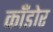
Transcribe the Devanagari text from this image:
काँडोर